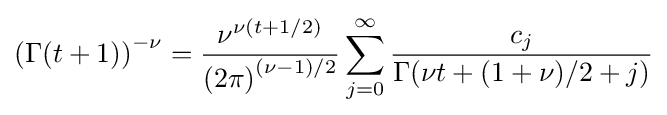
\left(\Gamma (t+1)\right)^{-\nu }={\frac {\nu ^{\nu (t+1/2)}}{\left(2\pi \right)^{(\nu -1)/2}}}\sum _{j=0}^{\infty }{\frac {c_{j}}{\Gamma (\nu t+(1+\nu )/2+j)}}